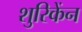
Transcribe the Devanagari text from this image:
शुरिकेंन